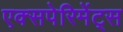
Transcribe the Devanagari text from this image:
एक्सपेरिमेंट्स